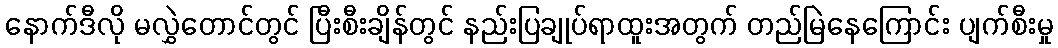
နောက်ဒီလို မလွှဲတောင်တွင် ပြီးစီးချိန်တွင် နည်းပြချုပ်ရာထူးအတွက် တည်မြဲနေကြောင်း ပျက်စီးမှု